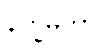
နိက္ခမိတွာ